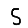
Digit: 5